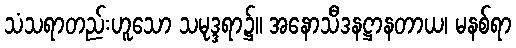
သံသရာတည်းဟူသော သမုဒ္ဒရာ၌။ အနောသီဒနဋ္ဌာနတာယ၊ မနစ်ရာ